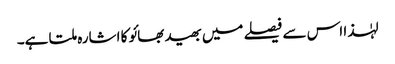
لہٰذا اس سے فیصلے میں بھید بھائو کا اشارہ ملتا ہے۔